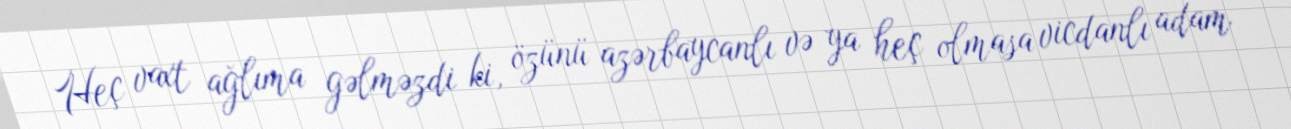
Heç vaxt ağlıma gəlməzdi ki, özünü azərbaycanlı və ya heç olmasa vicdanlı adam